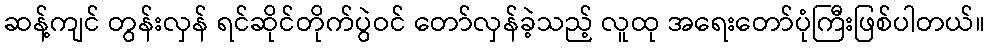
ဆန့်ကျင် တွန်းလှန် ရင်ဆိုင်တိုက်ပွဲဝင် တော်လှန်ခဲ့သည့် လူထု အရေးတော်ပုံကြီးဖြစ်ပါတယ်။